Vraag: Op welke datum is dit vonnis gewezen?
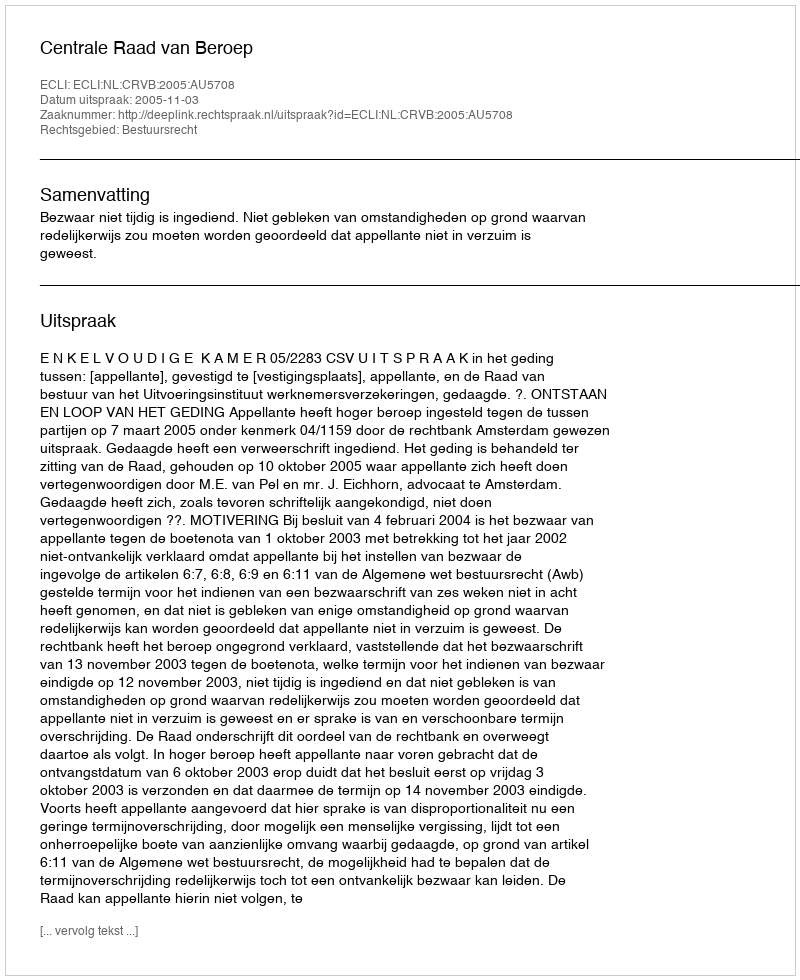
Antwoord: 2005-11-03